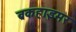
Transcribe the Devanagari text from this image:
ब्रकहाइमर